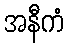
အနီကံ